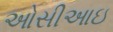
ઓસીઆઇ